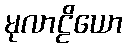
မုလာဠိယော